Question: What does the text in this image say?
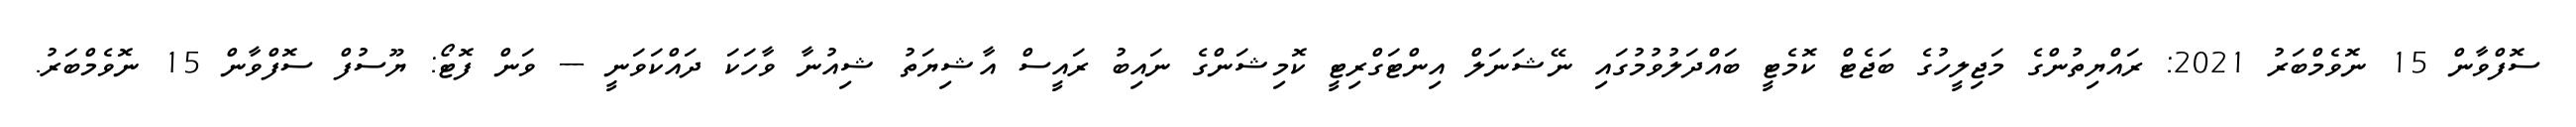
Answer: ސޮފްވާން 15 ނޮވެމްބަރު 2021: ރައްޔިތުންގެ މަޖިލީހުގެ ބަޖެޓް ކޮމެޓީ ބައްދަލުވުމުގައި ނޭޝަނަލް އިންޓަގްރިޓީ ކޮމިޝަންގެ ނައިބު ރައީސް އާޝިޔަތު ޝިއުނާ ވާހަކަ ދައްކަވަނީ --- ވަން ފޮޓޯ: ޔޫސުފް ސޮފްވާން 15 ނޮވެމްބަރު.